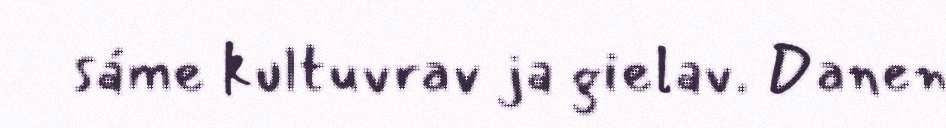
sáme kultuvrav ja gielav. Danen